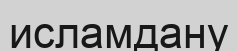
исламдану